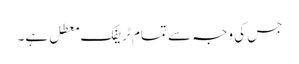
جس کی وجہ سے تمام ٹریفک معطل ہے۔